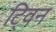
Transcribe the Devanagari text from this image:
टि्वन